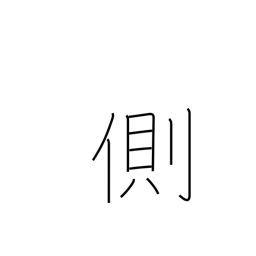
Meaning: oppose